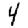
Digit: 4